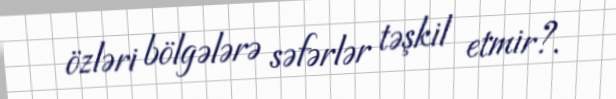
özləri bölgələrə səfərlər təşkil etmir?.